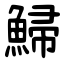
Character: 鯞